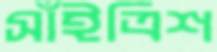
সাঁইত্রিশ